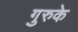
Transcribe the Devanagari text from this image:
गुरुके